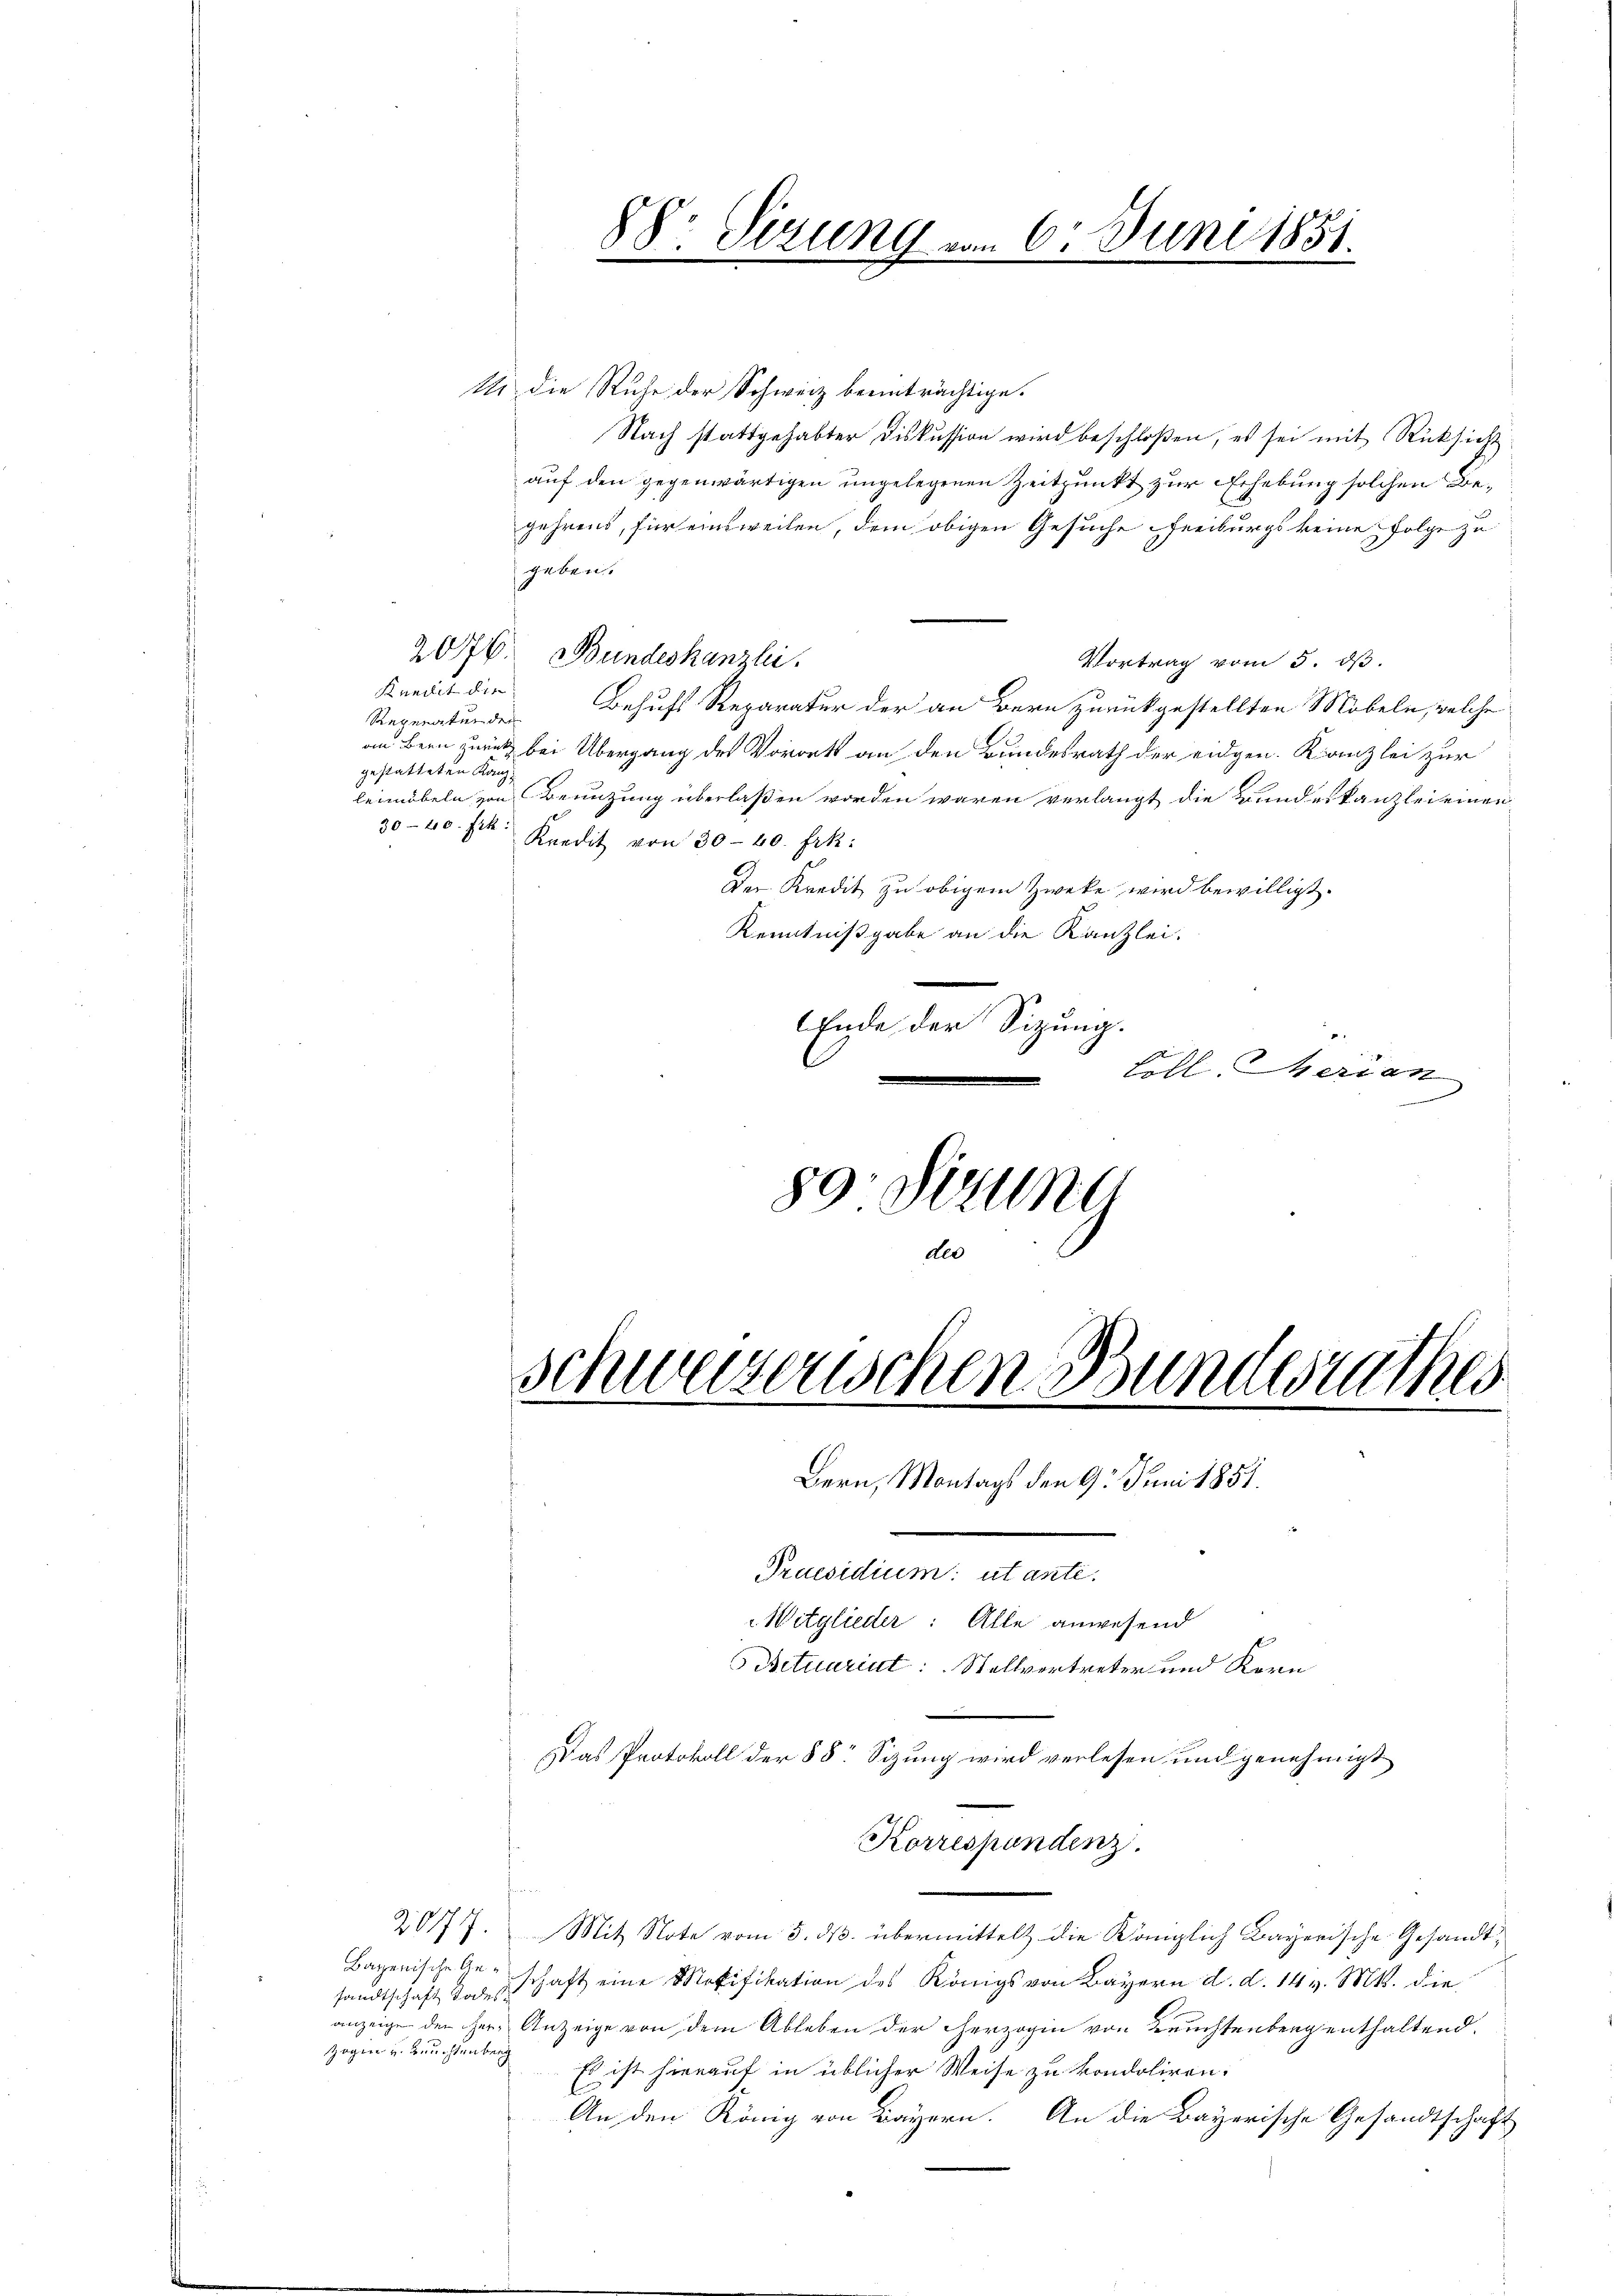
1 die Ruhe der Schweiz beeinträchtige.
Nach stattgehabter Diskussion wird beschloßen, es sei mit Rücksicht
auf den gegenwärtigen ungelegenen Zeitpunkt zur Erhebung solchen Begehrens, für einsweilen, dem obigen Gesuche Freiburgs keine Folge zu
geben.
206. Bundeskanzlei.
Vortrag vom 5. ds.
Kuniit die
Behufs Reparatur der an Bern zurückgestellten Möbeln, welche
Reperatur der
an Bern zurück bei Übergang des Vororts an den Bundesrath der eidgen. Kanzlei zur
gestatteten Kanzleimöbeln von Benuzung überlaßen worden waren verlangt die Bundeskanzlei einen
30-40. Frk. Kredit von 30-40. Frk.
Der Kredit zu obigem Zwecke wird bewilligt.
Kenntnißgabe an die Kanzlei.
Ende der Sitzung.

88. Sizung vom 6. Juni 1851.

80. Situng
deo
schweizerischen Bundesrathes
Bern, Montags den 9. Juni 1851.
e
Praesidium utante.
Witglieder: Alle anwesend
ictuariat Stellvertreter und Korn

Korrespondenz.

Eill. Merian

Das Protokoll der 88 Sizung wird verlesen und genehmigt

2077. Mit Note vom 5. ds. übermittelt die Königlich Bayerische Gesandt¬
Bazenische Geschaft eine Motifikation des Königs von Bayern d. d. 14 v. Mts. die
sandtschaft Todesanzeige der Herr Anzeige von dem Ableben der herzogin von Leuchtenberg enthaltend.
zogen u. Leuchtenberg
Es ist hierauf in üblicher Weise zu kondoliren:
l
An den König von Bayern. An die Bayerische Gesandtschaft